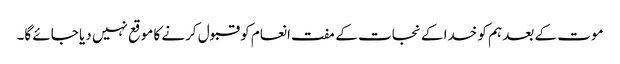
موت کے بعد ہم کو خدا کے نجات کے مفت انعام کو قبول کرنے کا موقع نہیں دیا جائے گا۔